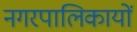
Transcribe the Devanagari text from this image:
नगरपालिकायों